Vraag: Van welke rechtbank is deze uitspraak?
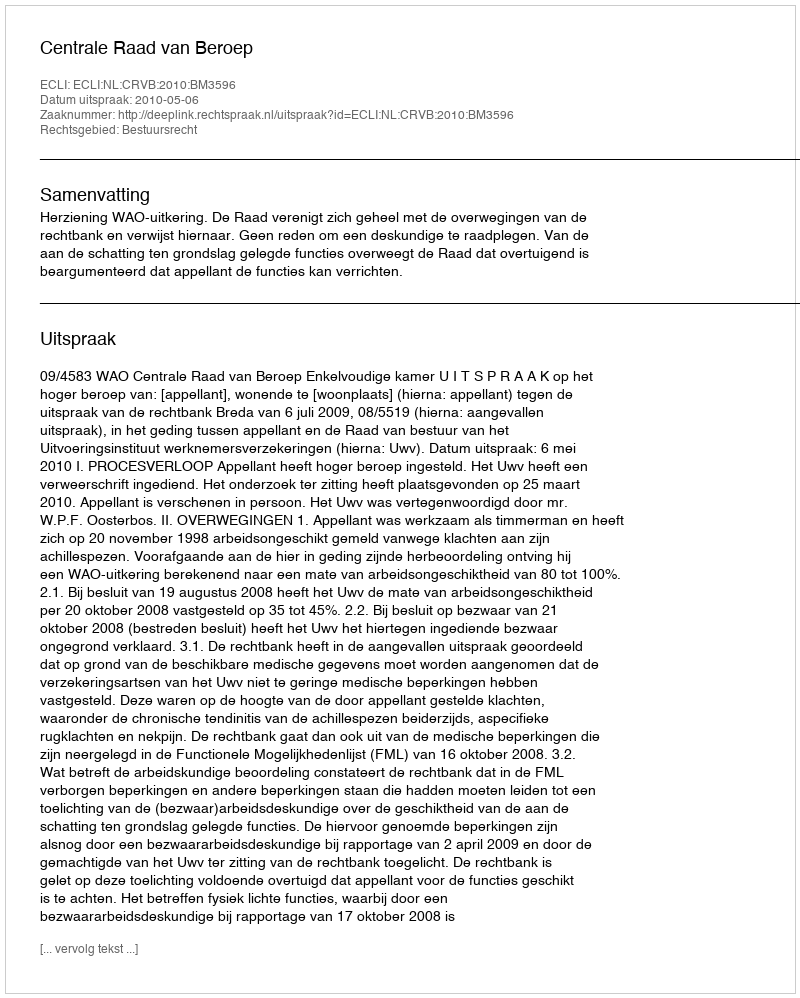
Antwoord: Centrale Raad van Beroep